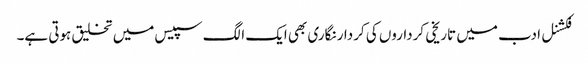
فکشنل ادب میں تاریخی کرداروں کی کردار نگاری بھی ایک الگ سپیس میں تخلیق ہوتی ہے۔